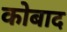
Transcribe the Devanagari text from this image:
कोबाद